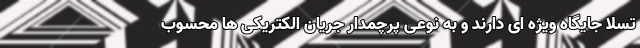
تسلا جایگاه ویژه ای دارند و به نوعی پرچمدار جریان الکتریکی ها محسوب